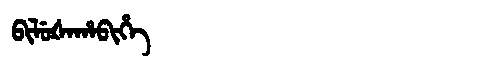
Manchu: ᠪᡳᠯᡠᡧᠠᡥᠠᠪᡳᡥᡝ
Romanization: BILUŠAHABIHE